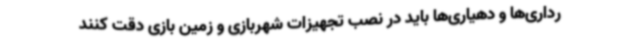
رداری‌ها و دهیاری‌ها باید در نصب تجهیزات شهربازی و زمین بازی دقت کنند